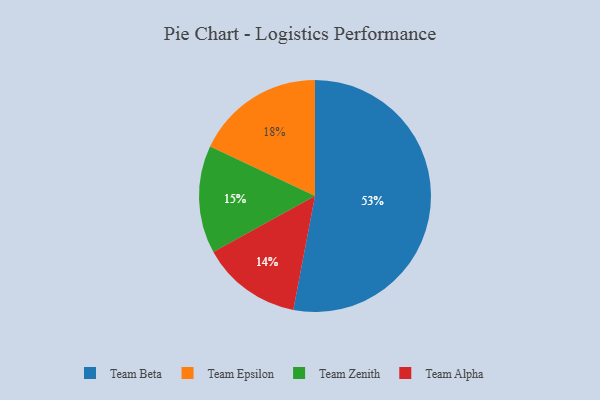
{"axis": {"x": "Category", "y": "Percentage"}, "legend": ["Team Alpha", "Team Beta", "Team Epsilon", "Team Zenith"], "data": [{"x": "Team Alpha", "y": 14, "type": "Team Alpha"}, {"x": "Team Epsilon", "y": 18, "type": "Team Epsilon"}, {"x": "Team Beta", "y": 53, "type": "Team Beta"}, {"x": "Team Zenith", "y": 15, "type": "Team Zenith"}]}